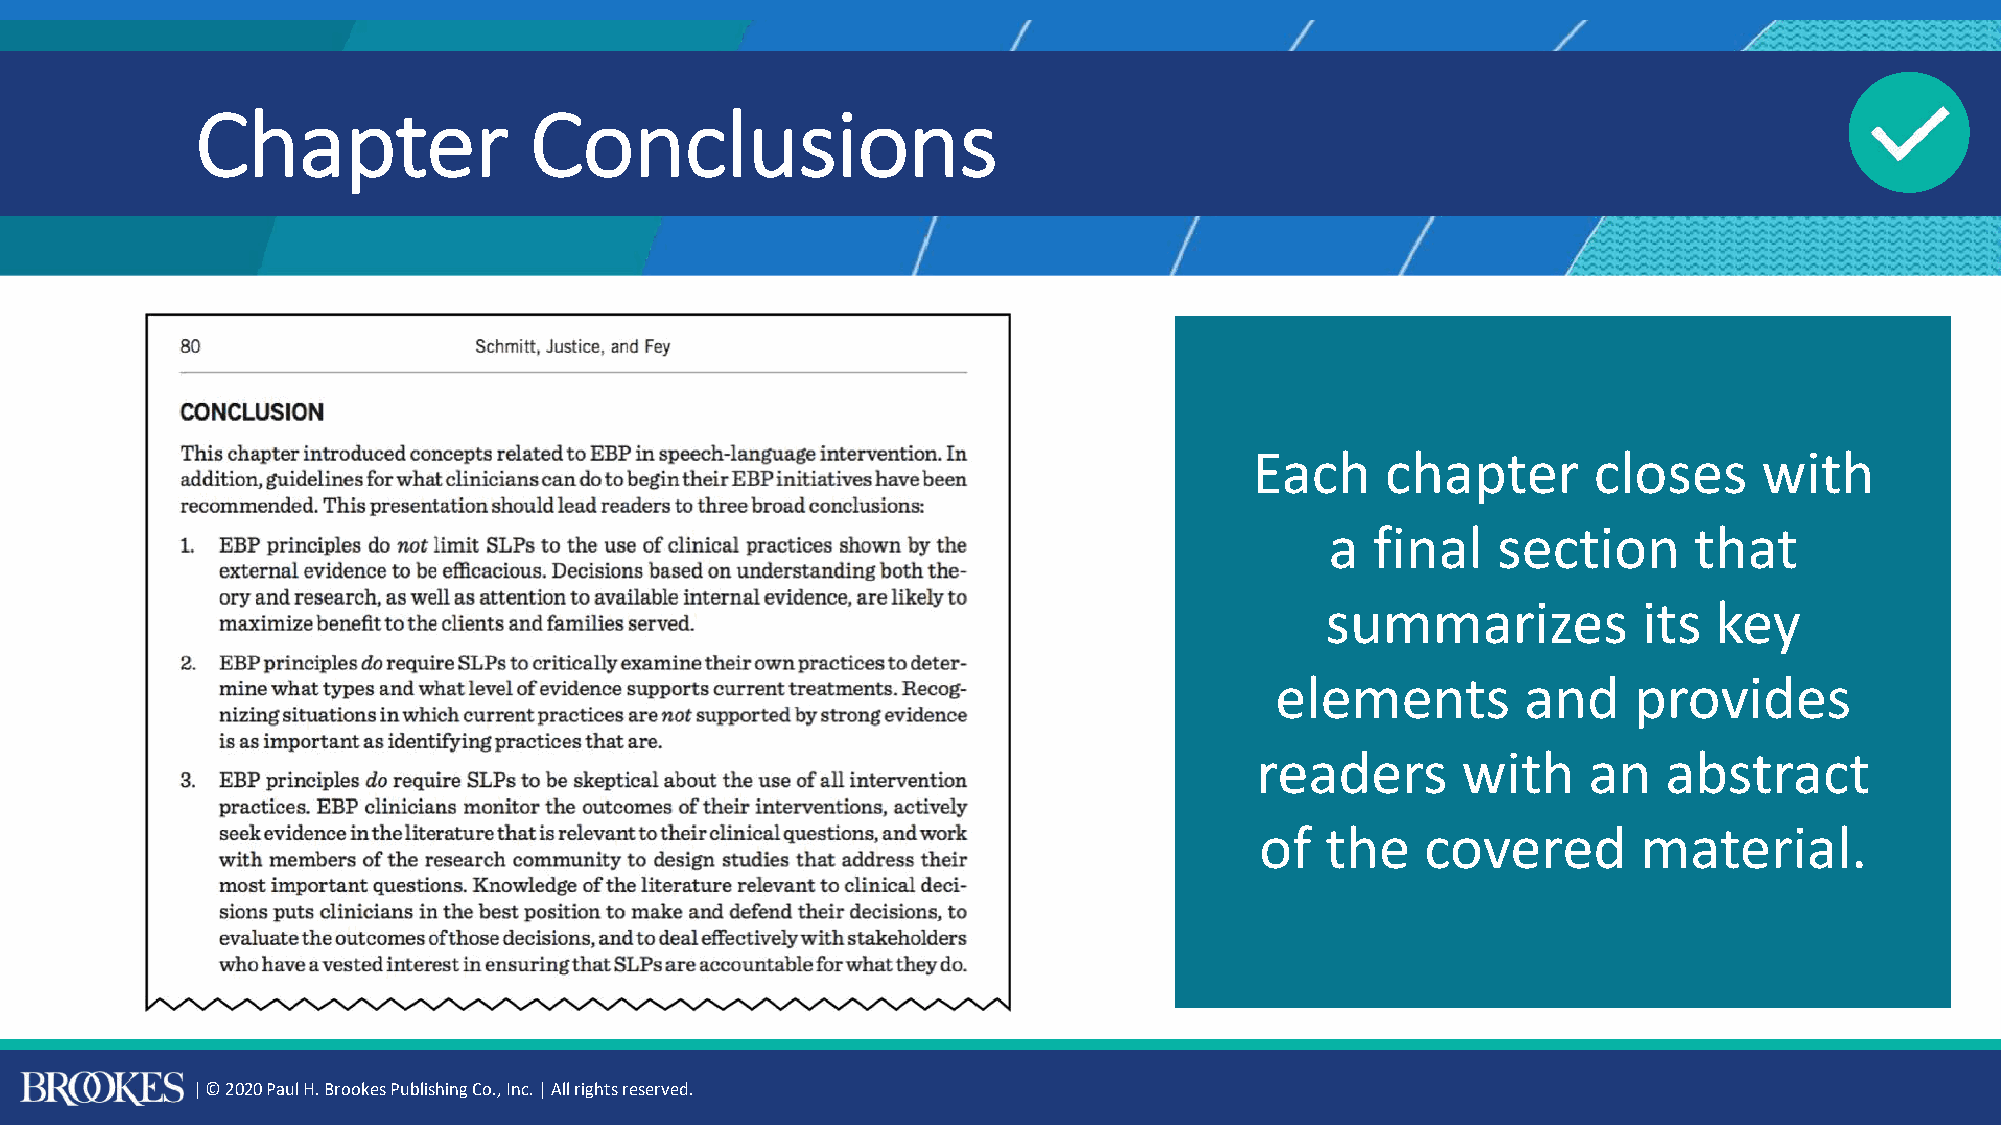
Chapter               Conclusions
 Each     chapter      closes      with
 a  final   section      that
 summarizes           its  key
 elements         and    provides
 readers       with    an   abstract
 of   the   covered        material.
 | © 2020 Paul H. Brookes Publishing Co., Inc. | All rights reserved.